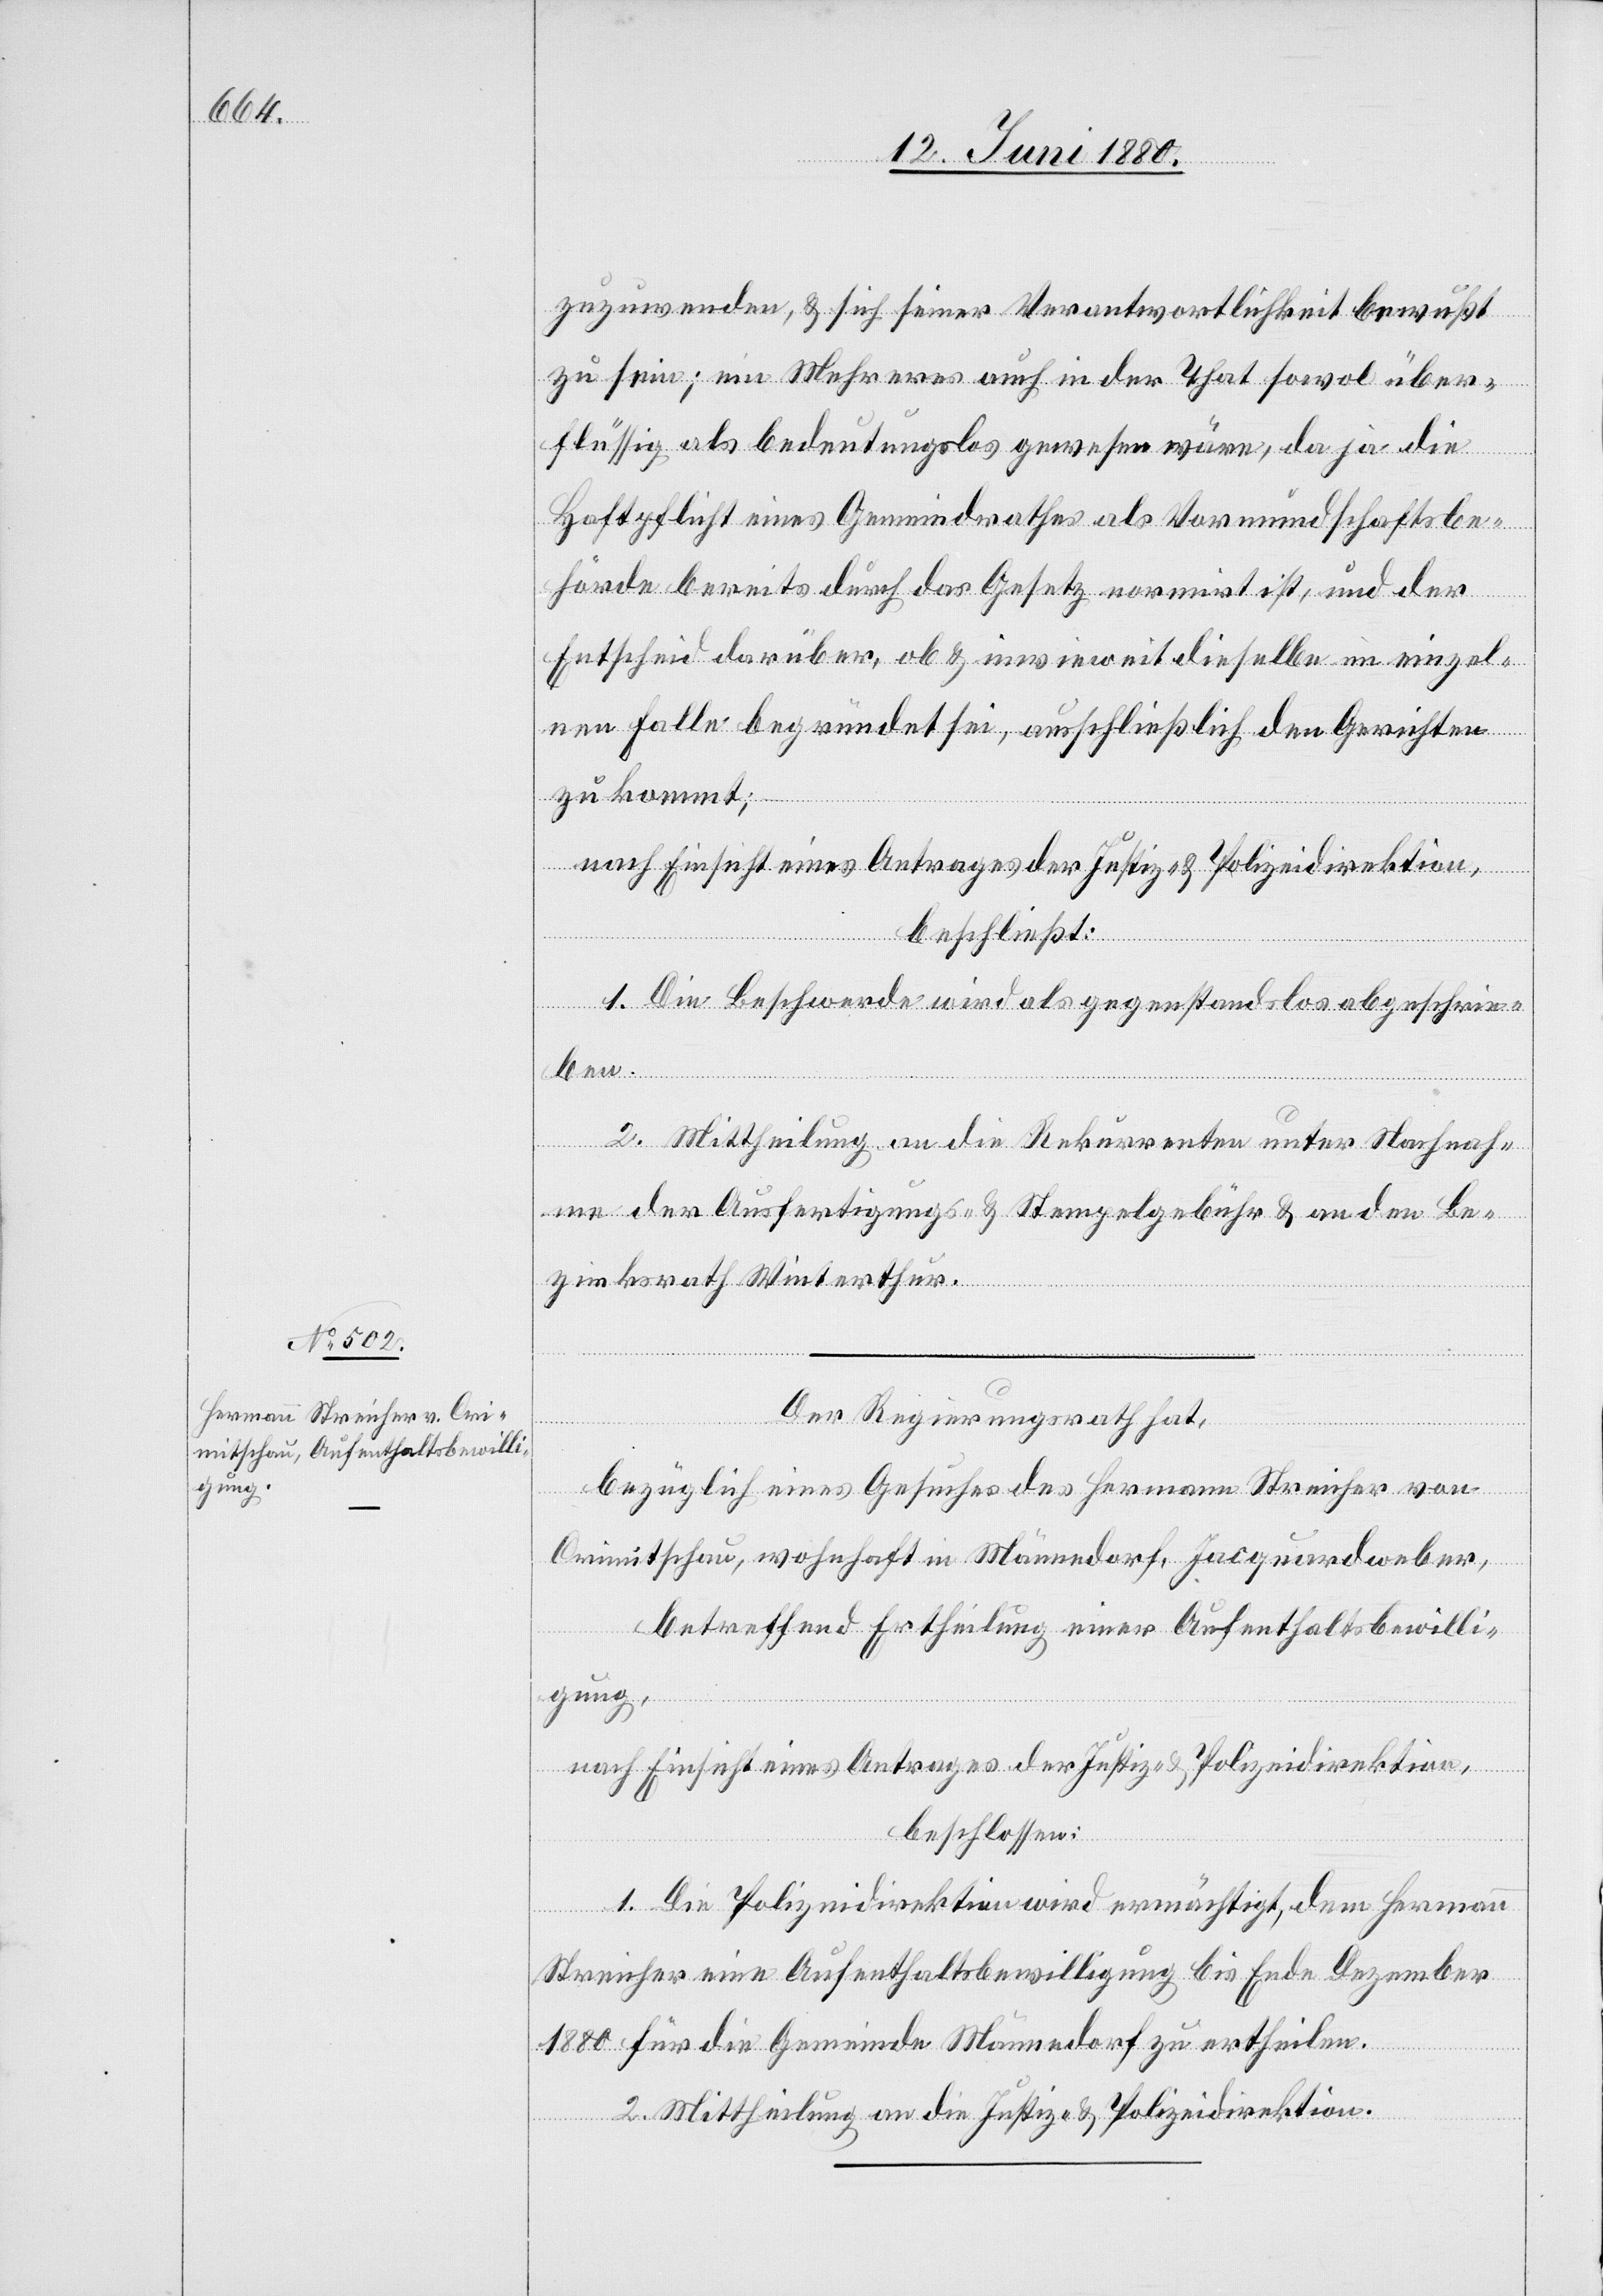
zuzuwenden, & sich seiner Verantwortlichkeit bewußt
zu sein; ein Mehreres auch in der That sowol über¬
flüssig, als bedeutungslos gewesen wäre, da ja die
Haftbarkeit eines Gemeindrathes als Vormundschaftsbe¬
hörde bereits durch das Gesetz normirt ist, und der
Entscheid darüber, ob & inwieweit dieselbe im einzel¬
nen Falle begründet sei, ausschließlich den Gerichten
zu kommt;
nach Einsicht eines Antrages der Justiz- & Polizeidirektion,
beschließt:
1. Die Beschwerde wird als gegenstandslos abgeschrie¬
ben.
2. Mittheilung an die Rekurrenten unter Nachnah¬
me der Ausfertigungs- & Stempelgebühr & an den Be¬
zirksrath Winterthur.
Der Regierungsrath hat,
bezüglich eines Gesuches des Hermann Streicher von
Crimitschau, wohnhaft in Männedorf, Jacquardweber,
betreffend Ertheilung einer Aufenthaltsbewilli¬
gung,
nach Einsicht eines Antrages der Justiz- & Polizeidirektion,
beschlossen:
1. Die Polizeidirektion wird ermächtigt, dem Hermann
Streicher eine Aufenthaltsbewilligung bis Ende Dezember
1880 für die Gemeinde Männedorf zu ertheilen.
2. Mittheilung an die Justiz- & Polizeidirektion.